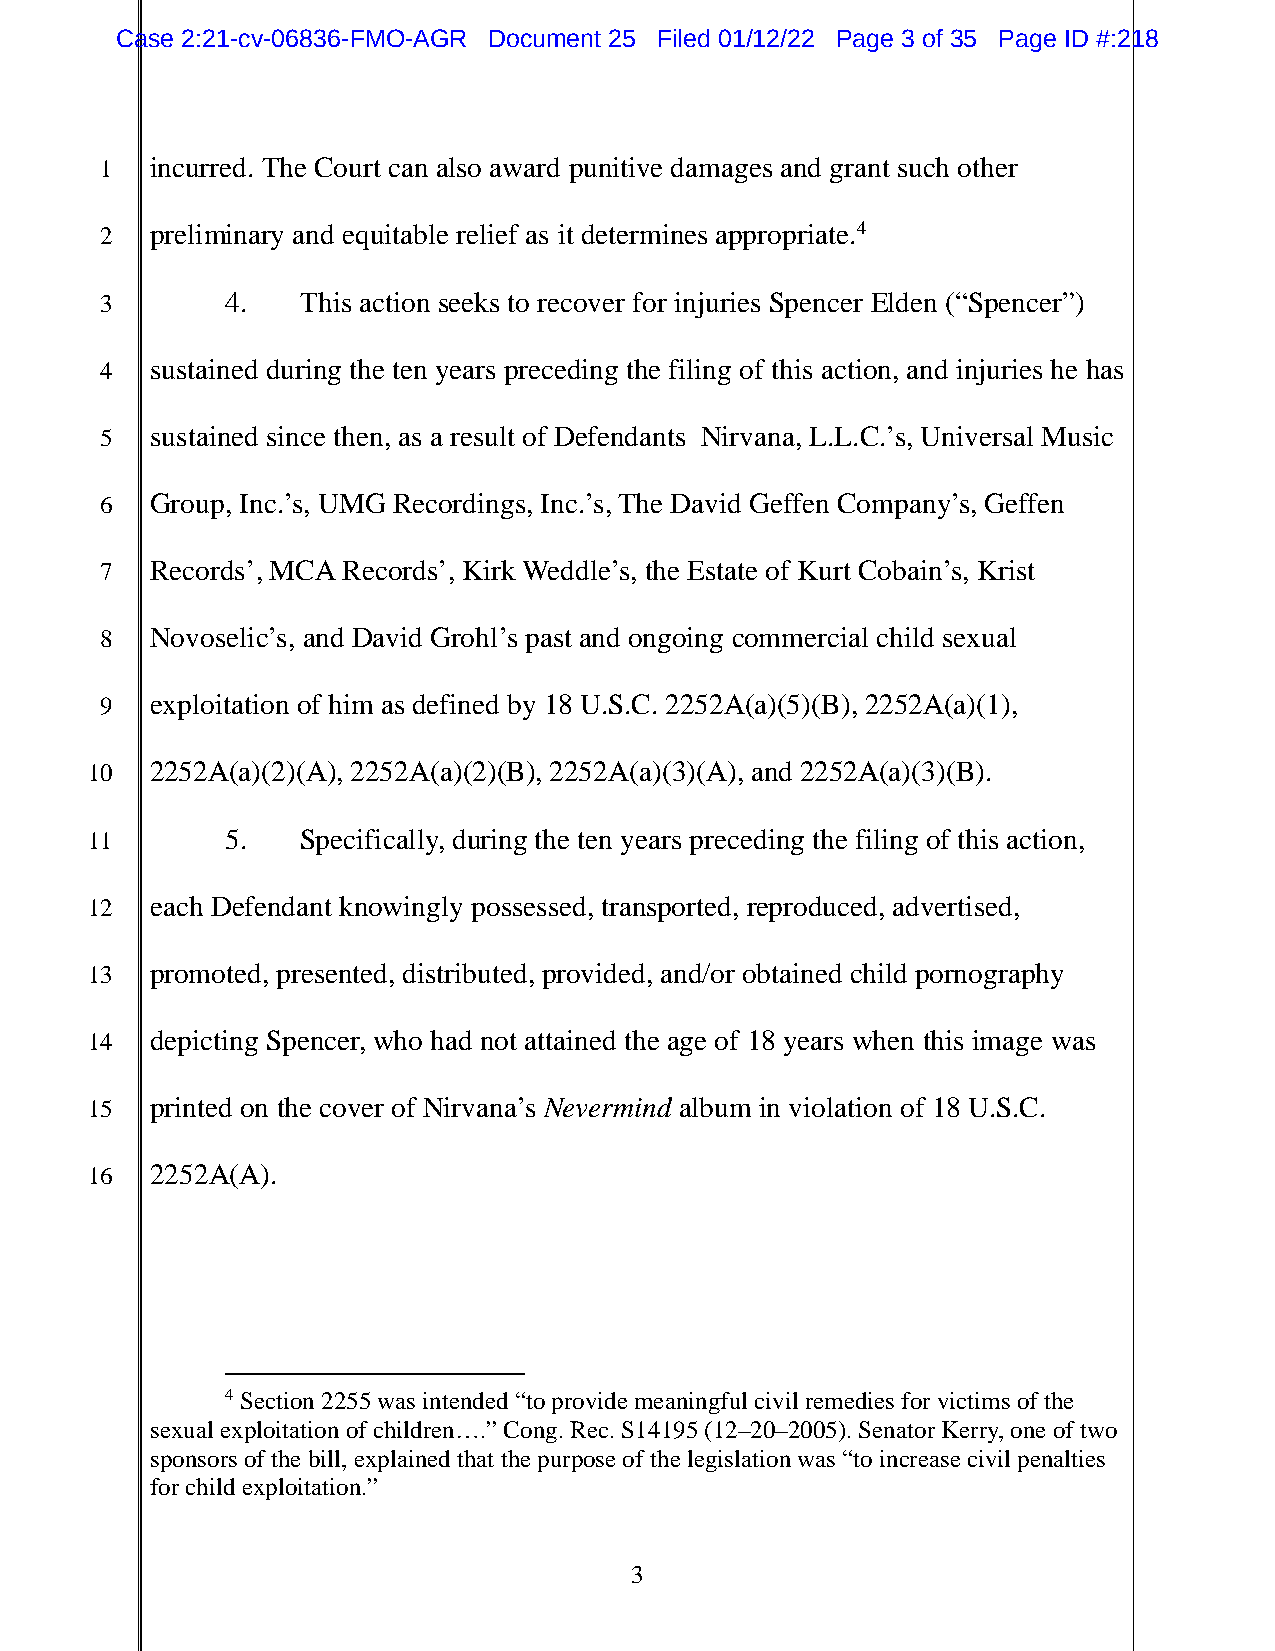
Case 2:21-cv-06836-FMO-AGR Document 25 Filed 01/12/22 Page 3 of 35 Page ID #:218
 1  incurred. The Court can also award punitive damages and grant such other
 2  preliminary and equitable relief as it determines appropriate.4
 3       4.   This action seeks to recover for injuries Spencer Elden (“Spencer”)
 4  sustained during the ten years preceding the filing of this action, and injuries he has
 5  sustained since then, as a result of Defendants Nirvana, L.L.C.’s, Universal Music
 6  Group, Inc.’s, UMG Recordings, Inc.’s, The David Geffen Company’s, Geffen
 7  Records’, MCA Records’, Kirk Weddle’s, the Estate of Kurt Cobain’s, Krist
 8  Novoselic’s, and David Grohl’s past and ongoing commercial child sexual
 9  exploitation of him as defined by 18 U.S.C. 2252A(a)(5)(B), 2252A(a)(1),
 10  2252A(a)(2)(A), 2252A(a)(2)(B), 2252A(a)(3)(A), and 2252A(a)(3)(B).
 11       5.   Specifically, during the ten years preceding the filing of this action,
 12  each Defendant knowingly possessed, transported, reproduced, advertised,
 13  promoted, presented, distributed, provided, and/or obtained child pornography
 14  depicting Spencer, who had not attained the age of 18 years when this image was
 15  printed on the cover of Nirvana’s Nevermind album in violation of 18 U.S.C.
 16  2252A(A).
 4 Section 2255 was intended “to provide meaningful civil remedies for victims of the
 sexual exploitation of children….” Cong. Rec. S14195 (12–20–2005). Senator Kerry, one of two
 sponsors of the bill, explained that the purpose of the legislation was “to increase civil penalties
 for child exploitation.”
 3